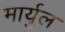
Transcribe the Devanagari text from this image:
मार्युल